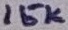
Text: 15K